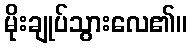
မိုးချုပ်သွားလေ၏။